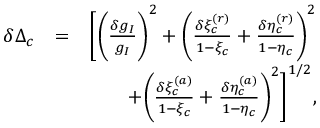
\begin{array} { r l r } { \delta \Delta _ { c } } & { = } & { \Bigg [ \bigg ( \frac { \delta g _ { I } } { g _ { I } } \bigg ) ^ { 2 } + \bigg ( \frac { \delta \xi _ { c } ^ { ( r ) } } { 1 - \xi _ { c } } + \frac { \delta \eta _ { c } ^ { ( r ) } } { 1 - \eta _ { c } } \bigg ) ^ { 2 } } \\ & { } & { + \bigg ( \frac { \delta \xi _ { c } ^ { ( a ) } } { 1 - \xi _ { c } } + \frac { \delta \eta _ { c } ^ { ( a ) } } { 1 - \eta _ { c } } \bigg ) ^ { 2 } \Bigg ] ^ { 1 / 2 } , } \end{array}